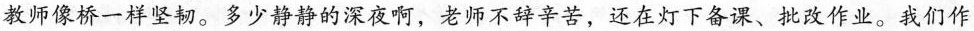
教师像桥一样坚韧。多少静静的深夜啊，老师不辞辛苦，还在灯下备课、批改作业。我们作